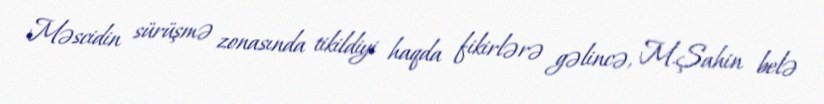
Məscidin sürüşmə zonasında tikildiyi haqda fikirlərə gəlincə, M.Şahin belə